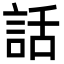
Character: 話